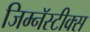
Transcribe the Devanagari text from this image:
जिम्नॅस्टीक्स